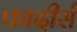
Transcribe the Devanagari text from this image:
फादीर्स